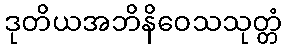
ဒုတိယအဘိနိဝေသသုတ္တံ